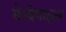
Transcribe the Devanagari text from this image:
येन्देगाइआ